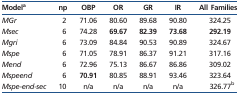
| Modela | np | OBP | OR | GR | IR | All Families |
 | --- | --- | --- | --- | --- | --- | --- |
 | MGr | 2 | 71.06 | 80.60 | 89.68 | 90.80 | 324.25 |
 | Msec | 6 | 74.28 | 69.67 | 82.39 | 73.68 | 292.19 |
 | Mgri | 6 | 73.09 | 84.84 | 90.53 | 90.89 | 324.67 |
 | Mspe | 6 | 71.05 | 78.91 | 86.37 | 91.21 | 317.16 |
 | Mend | 6 | 72.96 | 75.13 | 86.67 | 86.86 | 309.02 |
 | Mspeend | 6 | 70.91 | 80.85 | 88.91 | 93.46 | 323.64 |
 | Mspe-end-sec | 10 | n/a | n/a | n/a | n/a | 326.77b |